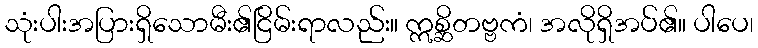
သုံးပါးအပြားရှိသောမီး၏ငြိမ်းရာလည်း။ ဣစ္ဆိတဗ္ဗကံ၊ အလိုရှိအပ်၏။ ပါပေ၊